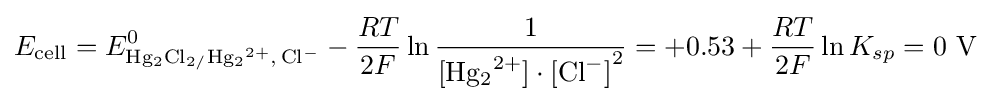
E_{\text{cell}}=E_{{\ce {Hg2Cl2/Hg2^2+, Cl-}}}^{0}-{\frac {RT}{2F}}\ln {\frac {1}{{\ce {[Hg2^2+]}}\cdot {\ce {[Cl^-]}}^{2}}}=+0.53+{\frac {RT}{2F}}\ln {K_{sp}}=0\ {\ce {V}}